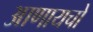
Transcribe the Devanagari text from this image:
आणायचो